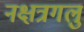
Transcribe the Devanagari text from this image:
नक्षत्रगलु